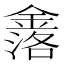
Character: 𮢤